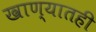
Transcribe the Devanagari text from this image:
खाण्यातही